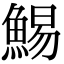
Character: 鯣